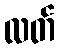
လတ်